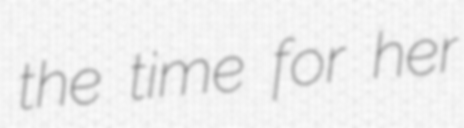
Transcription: the time for her